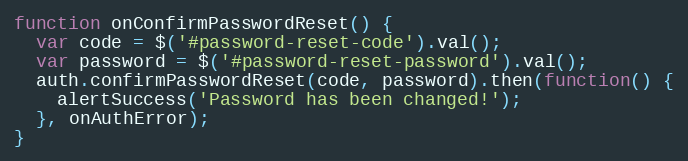
Language: JavaScript
function onConfirmPasswordReset() {
  var code = $('#password-reset-code').val();
  var password = $('#password-reset-password').val();
  auth.confirmPasswordReset(code, password).then(function() {
    alertSuccess('Password has been changed!');
  }, onAuthError);
}